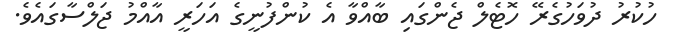
ހުކުރު ދުވަހުގެރޭ ހޮޓެލް ޖެންގައި ބާއްވާ އެ ކުންފުނީގެ އަހަރީ އާއްމު ޖަލްސާގައެވެ.